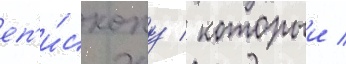
еп'и́скопу / которыи /